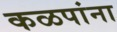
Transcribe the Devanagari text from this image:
कळपांना